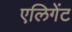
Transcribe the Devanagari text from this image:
एलिगेंट